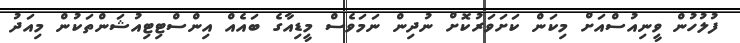
ފުލުހުން ވީނިއުސްއަށް މިކަން ކަށަވަރުކޮށް ނުދިން ނަމަވެސް މީޑިއާގެ ބައެއް އިންސްޓިޓިއުޝަންތަކުން މިއަދު